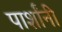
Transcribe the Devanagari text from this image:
पार्शांनी